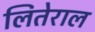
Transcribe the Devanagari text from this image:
लितेराल